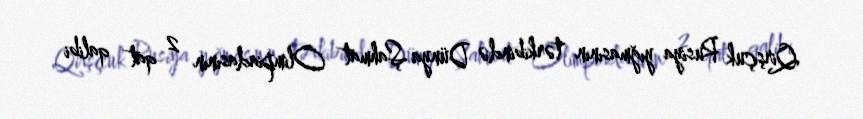
Qirşçuk Rusiya yığmasının tərkibində Dünya Şahmat Olimpiadasının 2 qat qalibi